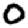
Digit: 0